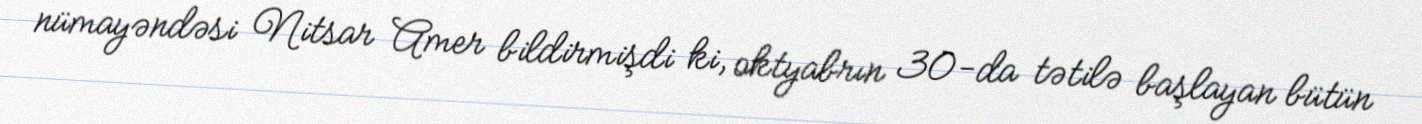
nümayəndəsi Nitsar Amer bildirmişdi ki, oktyabrın 30-da tətilə başlayan bütün